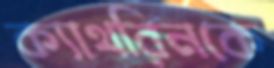
ক্যাথরিনকে